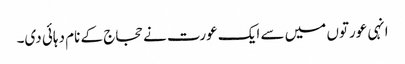
انہی عورتوں میں سے ایک عورت نے حجاج کے نام دہائی دی۔